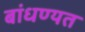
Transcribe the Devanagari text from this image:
बांधण्यत